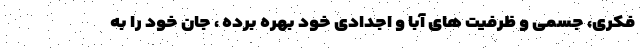
فکری، جسمی و ظرفیت های آبا و اجدادی خود بهره برده ، جان خود را به